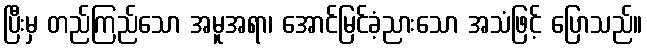
ပြီးမှ တည်ကြည်သော အမူအရာ၊ အောင်မြင်ခံ့ညားသော အသံဖြင့် ပြောသည်။